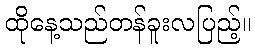
ထိုနေ့သည်တန်ခူးလပြည့်။